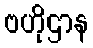
ဗဟိုဌာန